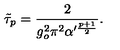
\tilde { \tau } _ { p } = \frac { 2 } { g _ { o } ^ { 2 } \pi ^ { 2 } \alpha ^ { \prime \frac { p + 1 } { 2 } } } .